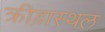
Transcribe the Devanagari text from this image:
क्रीड़ास्‍थल